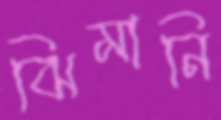
ঝিমানি